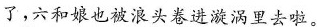
了，六和娘也被浪头卷进漩涡里去啦。